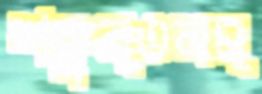
শকুন্তলম্